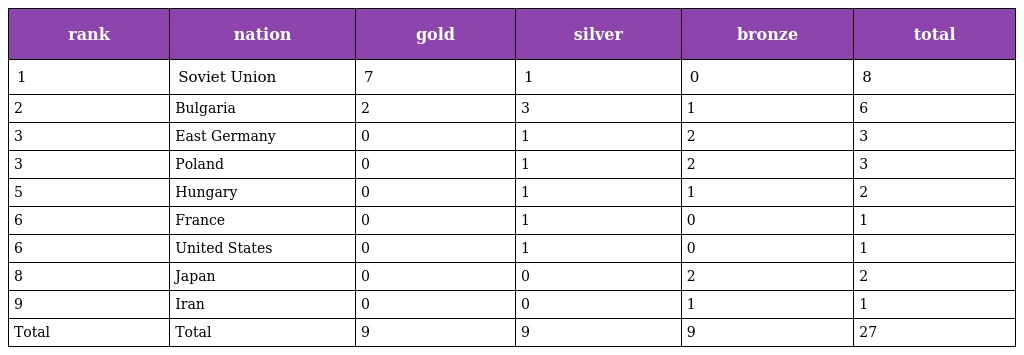
| rank | nation | gold | silver | bronze | total |
 | --- | --- | --- | --- | --- | --- |
 | 1 | Soviet Union | 7 | 1 | 0 | 8 |
 | 2 | Bulgaria | 2 | 3 | 1 | 6 |
 | 3 | East Germany | 0 | 1 | 2 | 3 |
 | 3 | Poland | 0 | 1 | 2 | 3 |
 | 5 | Hungary | 0 | 1 | 1 | 2 |
 | 6 | France | 0 | 1 | 0 | 1 |
 | 6 | United States | 0 | 1 | 0 | 1 |
 | 8 | Japan | 0 | 0 | 2 | 2 |
 | 9 | Iran | 0 | 0 | 1 | 1 |
 | Total | Total | 9 | 9 | 9 | 27 |